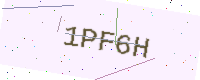
Text: 1PF6H